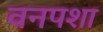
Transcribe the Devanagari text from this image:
वनपशा